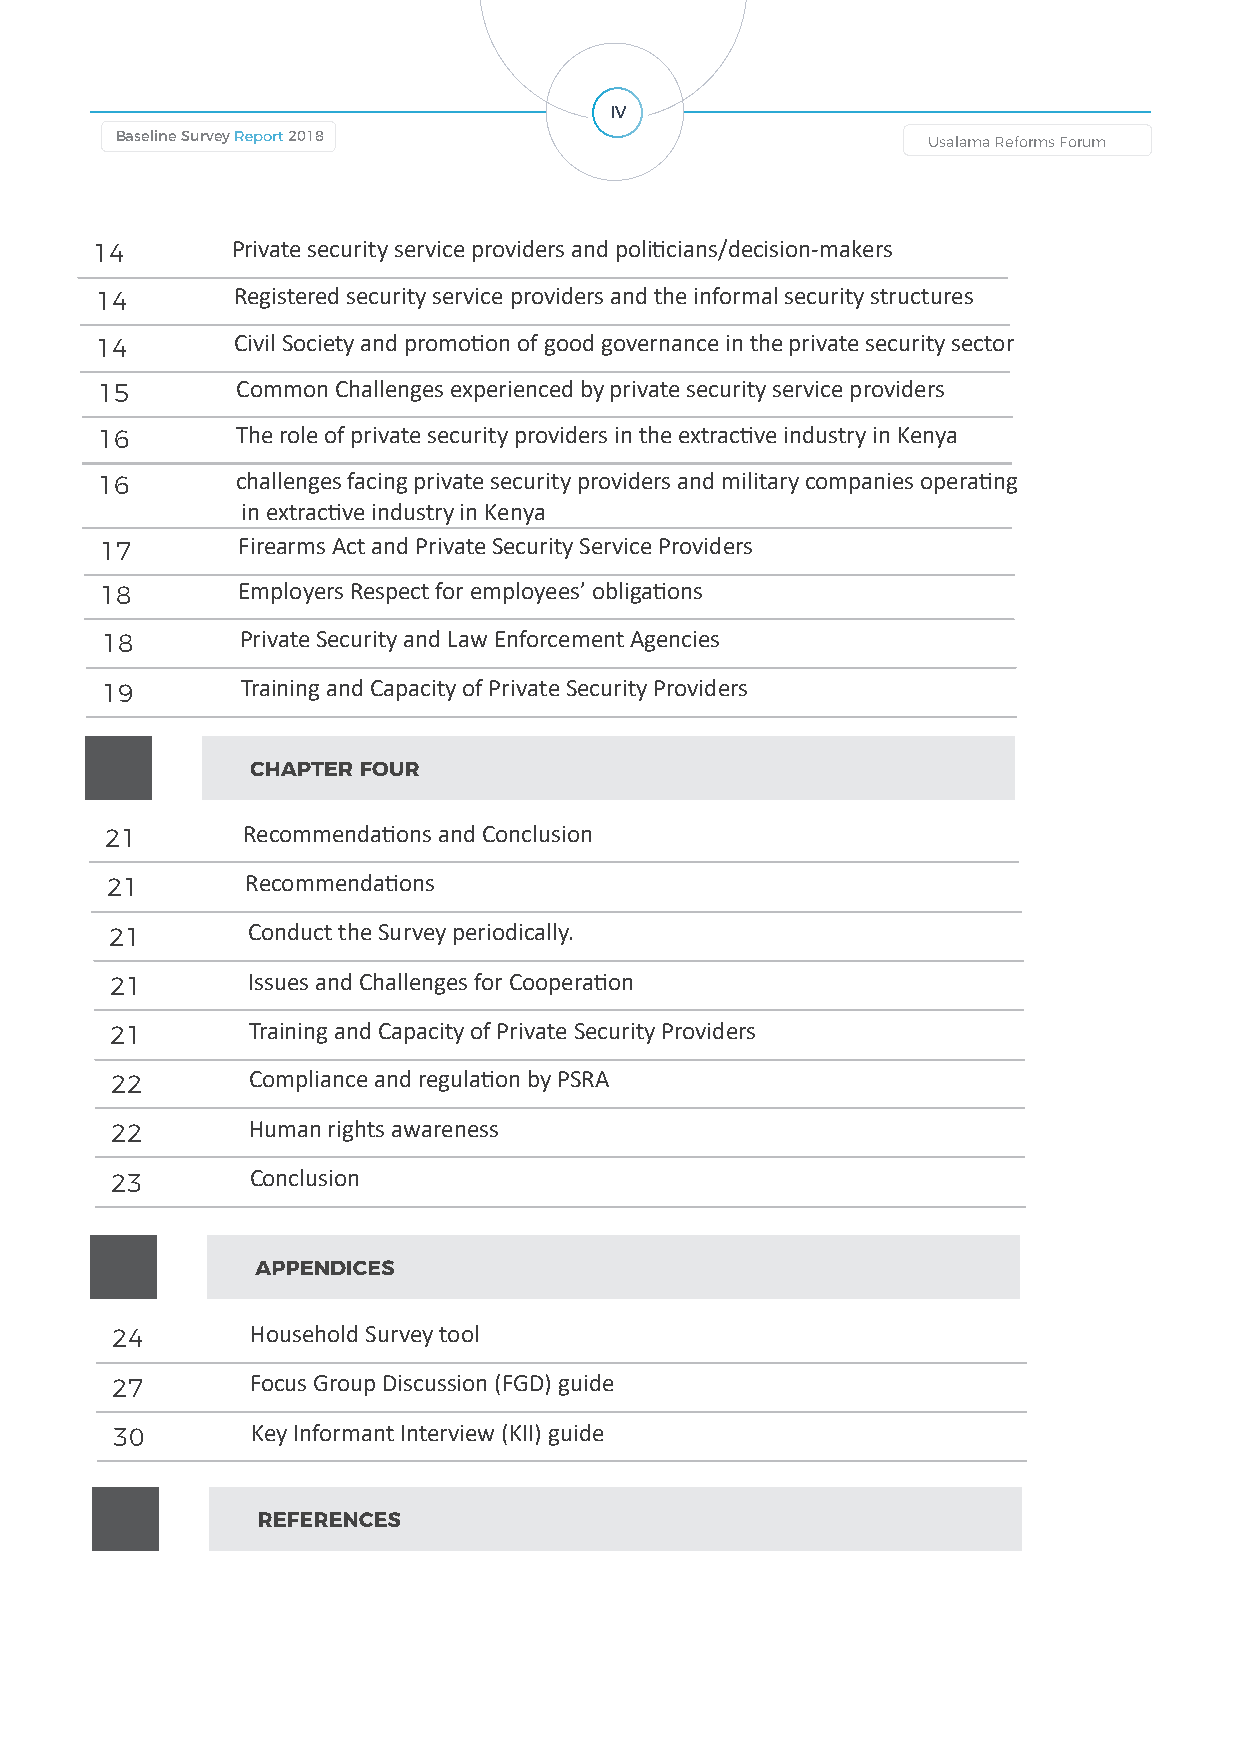
IV
 Baseline Survey Report 2018                          Usalama Reforms Forum        Usalama Reforms Forum                                 Baseline Survey Report 2018
 14       Private security service providers and politicians/decision-makers
 14       Registered security service providers and the informal security structures
 14       Civil Society and promotion of good governance in the private security sector
 15        Common Challenges experienced by private security service providers
 16        The role of private security providers in the extractive industry in Kenya
 16        challenges facing private security providers and military companies operating
 in extractive industry in Kenya
 17       Firearms Act and Private Security Service Providers
 18       Employers Respect for employees’ obligations
 18       Private Security and Law Enforcement Agencies
 19       Training and Capacity of Private Security Providers
 CHAPTER FOUR
 21       Recommendations and Conclusion
 21       Recommendations
 21       Conduct the Survey periodically.
 21       Issues and Challenges for Cooperation
 21       Training and Capacity of Private Security Providers
 22       Compliance and regulation by PSRA
 22       Human rights awareness
 23        Conclusion
 APPENDICES
 24        Household Survey tool
 27        Focus Group Discussion (FGD) guide
 30        Key Informant Interview (KII) guide
 REFERENCES